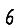
Digit: 6